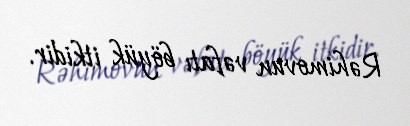
Rəhimovun vəfatı böyük itkidir.